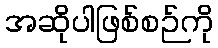
အဆိုပါဖြစ်စဉ်ကို